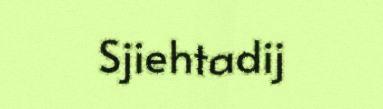
Sjiehtadij